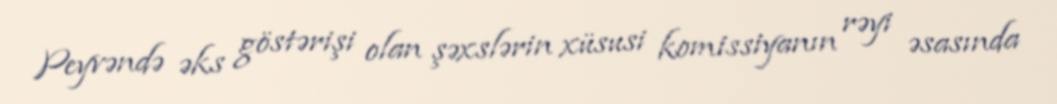
Peyvəndə əks göstərişi olan şəxslərin xüsusi komissiyanın rəyi əsasında